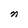
Character: n